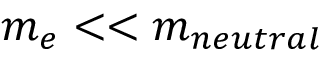
m _ { e } < < m _ { n e u t r a l }